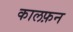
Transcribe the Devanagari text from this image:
कालफ़न